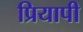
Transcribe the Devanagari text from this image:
प्रियापी